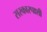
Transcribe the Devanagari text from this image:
सरकारपाशी